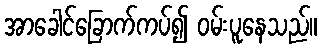
အာခေါင်ခြောက်ကပ်၍ ဝမ်းပူနေသည်။